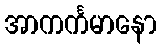
အာကင်္ကမာနော